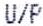
U/P